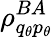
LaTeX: \rho_{q_{\theta}p_{\theta}}^{BA}